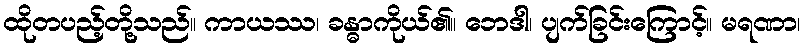
ထိုတပည့်တို့သည်။ ကာယဿ၊ ခန္ဓာကိုယ်၏။ ဘေဒါ၊ ပျက်ခြင်းကြောင့်။ မရဏာ၊